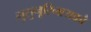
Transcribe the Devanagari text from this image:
मुसुनूरिनायकौ